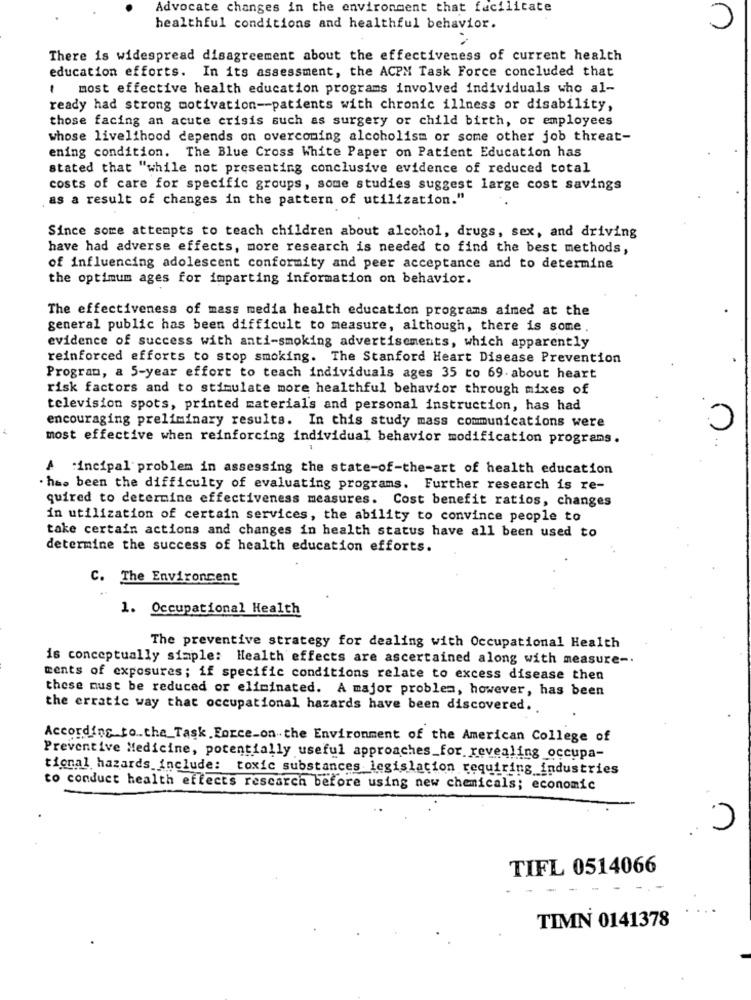
Advocate changes in the environment that facilitate
healthful conditions and healthful behavior.
There is widespread disagreement about the effectiveness of current health
education efforts. In its assessment, the ACPM Task Force concluded that
most effective health education programs involved individuals who al-
ready had strong motivation -- patients with chronic illness or disability,
those facing an acute crisis such as surgery or child birth, or employees
whose livelihood depends on overcoming alcoholism or some other job threat-
ening condition. The Blue Cross White Paper on Patient Education has
stated that "while not presenting conclusive evidence of reduced total
costs of care for specific groups, some studies suggest large cost savings
as a result of changes in the pattern of utilization."
Since some attempts to teach children about alcohol, drugs, sex, and driving
have had adverse effects, more research is needed to find the best methods,
of influencing adolescent conformity and peer acceptance and to determine
the optimum ages for imparting information on behavior.
The effectiveness of mass media health education programs aimed at the
general public has been difficult to measure, although, there is some.
evidence of success with anti-smoking advertisements, which apparently
reinforced efforts to stop smoking. The Stanford Heart Disease Prevention
Program, a 5-year effort to teach individuals ages 35 to 69. about heart
risk factors and to stimulate more healthful behavior through mixes of
television spots, printed materials and personal instruction, has had
encouraging preliminary results. In this study mass communications were
0
most effective when reinforcing individual behavior modification programs.
:incipal problem in assessing the state-of-the-art of health education
has been the difficulty of evaluating programs. Further research is re-
quired to determine effectiveness measures. Cost benefit ratios, changes
in utilization of certain services, the ability to convince people to
take certain actions and changes in health status have all been used to
determine the success of health education efforts.
C. The Environment
1. Occupational Health
The preventive strategy for dealing with Occupational Health
is conceptually simple: Health effects are ascertained along with measure -.
ments of exposures; if specific conditions relate to excess disease then
these must be reduced or eliminated. A major problem, however, has been
the erratic way that occupational hazards have been discovered ..
According to the_Task Force_on the Environment of the American College of
Preventive Medicine, potentially useful approaches_for revealing_occupa-
tional hazards include: toxic substances legislation requiring industries
to conduct health effects rescarch before using new chemicals; economic
TIFL 0514066
TIMN 0141378